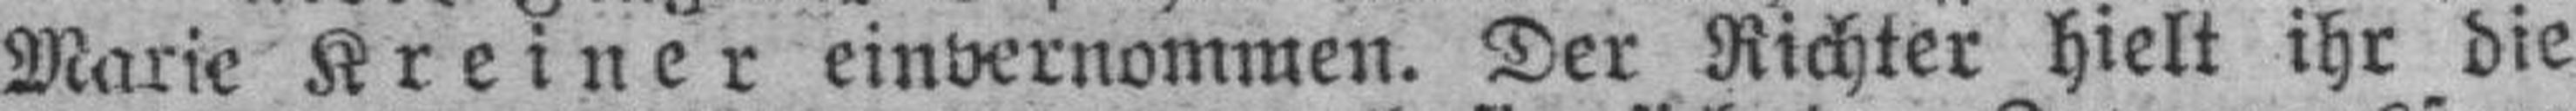
Marie Kreiner einvernommen. Der Richter hielt ihr die